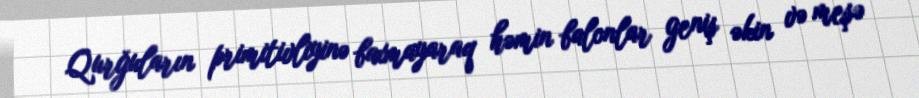
Qurğuların primitivliyinə baxmayaraq həmin balonlar geniş əkin və meşə